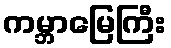
ကမ္ဘာမြေကြီး